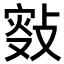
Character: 𢾐